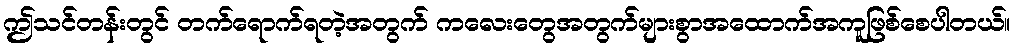
ဤသင်တန်းတွင် တက်ရောက်ရတဲ့အတွက် ကလေးတွေအတွက်များစွာအထောက်အကူဖြစ်စေပါတယ်။